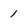
Character: 1